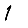
Digit: 1